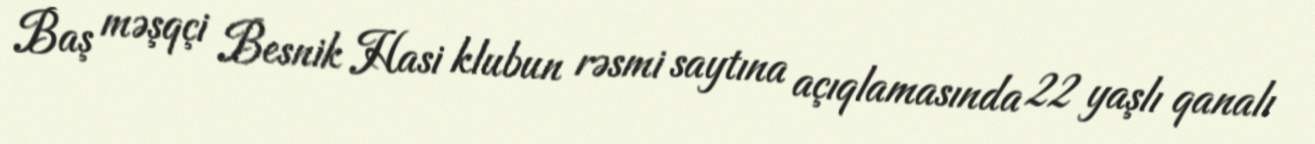
Baş məşqçi Besnik Hasi klubun rəsmi saytına açıqlamasında 22 yaşlı qanalı